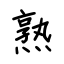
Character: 熟